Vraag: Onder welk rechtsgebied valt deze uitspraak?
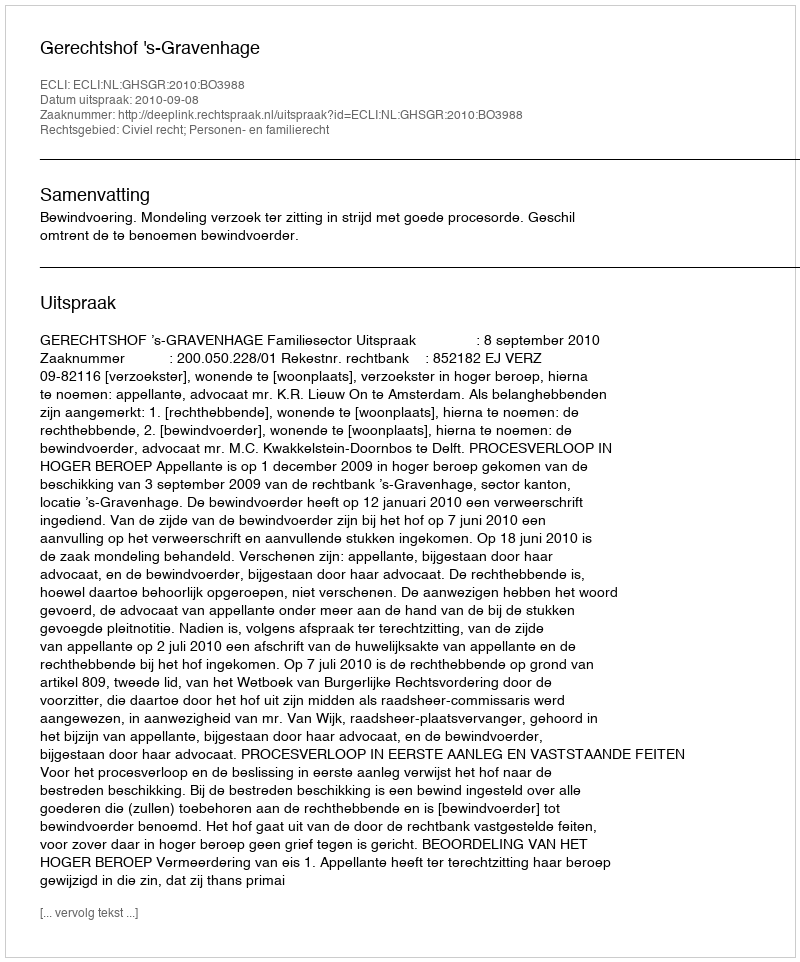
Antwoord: Civiel recht; Personen- en familierecht